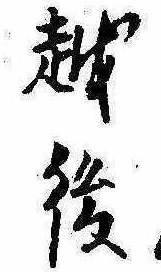
越後